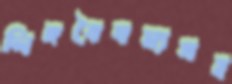
লিঙ্গবৈষম্যসহ